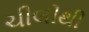
ચીલીથી